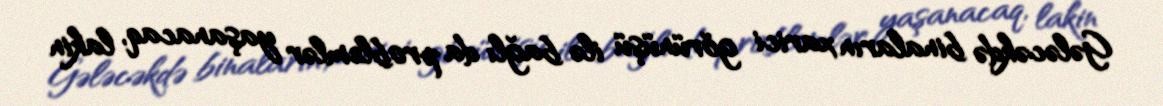
Gələcəkdə binaların xarici görünüşü ilə bağlı da problemlər yaşanacaq, lakin